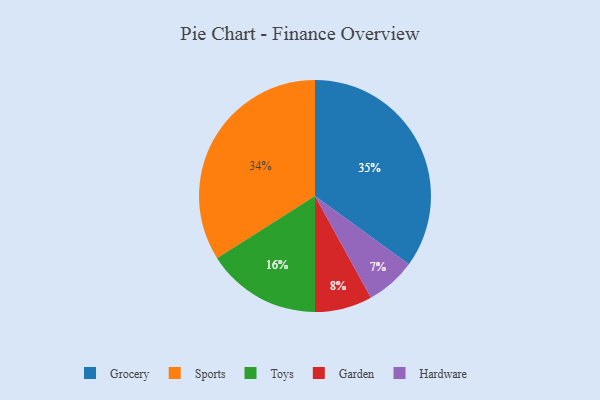
{"axis": {"x": "Category", "y": "Percentage"}, "legend": ["Garden", "Grocery", "Hardware", "Sports", "Toys"], "data": [{"x": "Grocery", "y": 35, "type": "Grocery"}, {"x": "Sports", "y": 34, "type": "Sports"}, {"x": "Garden", "y": 8, "type": "Garden"}, {"x": "Toys", "y": 16, "type": "Toys"}, {"x": "Hardware", "y": 7, "type": "Hardware"}]}